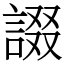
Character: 諁